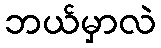
ဘယ်မှာလဲ